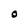
Character: O